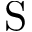
\mathrm { S }